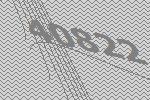
40822